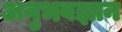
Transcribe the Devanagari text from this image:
अनुभवज्ञान